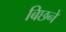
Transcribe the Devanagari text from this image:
बिछने